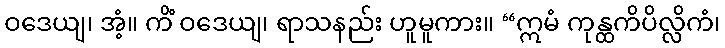
ဝဒေယျ၊ အံ့။ ကိံ ဝဒေယျ၊ ရာသနည်း ဟူမူကား။ “ဣမံ ကုန္ထကိပိလ္လိကံ၊